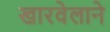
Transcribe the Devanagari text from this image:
खारवेलाने